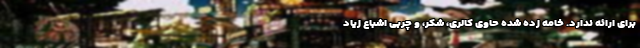
برای ارائه ندارد. خامه زده شده حاوی کالری، شکر، و چربی اشباع زیاد